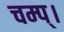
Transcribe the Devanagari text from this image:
चम्प्।